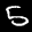
Label: 5